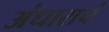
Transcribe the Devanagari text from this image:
अंधाराचं